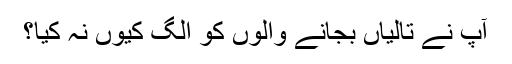
آپ نے تالیاں بجانے والوں کو الگ کیوں نہ کیا؟